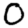
Digit: 0